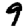
Digit: 9